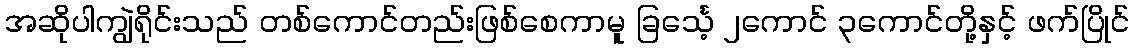
အဆိုပါကျွဲရိုင်းသည် တစ်ကောင်တည်းဖြစ်စေကာမူ ခြင်္သေ့ ၂ကောင် ၃ကောင်တို့နှင့် ဖက်ပြိုင်